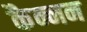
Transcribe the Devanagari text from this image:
कैन्नन